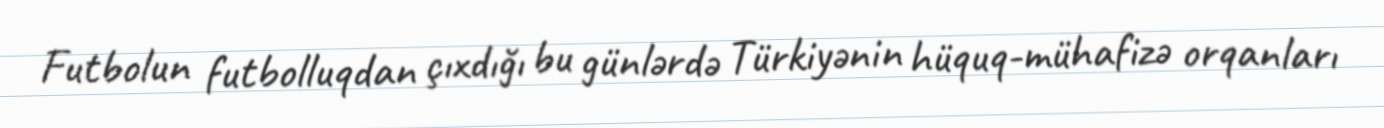
Futbolun futbolluqdan çıxdığı bu günlərdə Türkiyənin hüquq-mühafizə orqanları